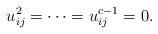
LaTeX: \begin{align*}u_{ij}^2=\cdots =u_{ij}^{c-1}=0.\end{align*}